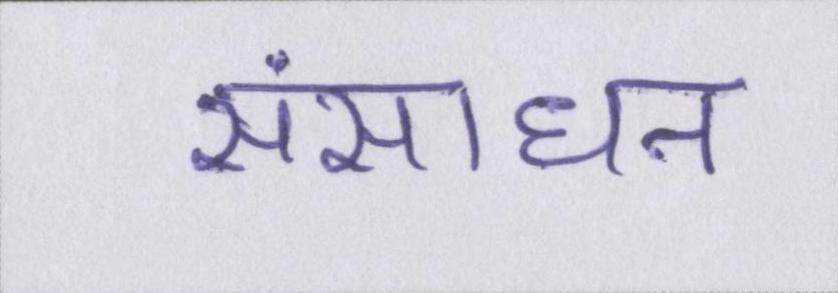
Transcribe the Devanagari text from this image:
संसाधन